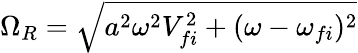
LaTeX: \Omega_{R}=\sqrt{a^{2}\omega^{2}V_{fi}^{2}+(\omega-\omega_{fi})^{2}}